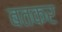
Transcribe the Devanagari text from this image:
बतकर